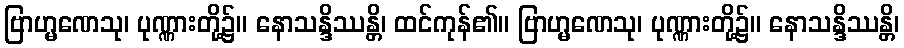
ဗြာဟ္မဏေသု၊ ပုဏ္ဏားတို့၌။ နောသန္ဒိဿန္တိ၊ ထင်ကုန်၏။ ဗြာဟ္မဏေသု၊ ပုဏ္ဏားတို့၌။ နောသန္ဒိဿန္တိ၊